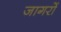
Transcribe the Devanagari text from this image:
जागरों